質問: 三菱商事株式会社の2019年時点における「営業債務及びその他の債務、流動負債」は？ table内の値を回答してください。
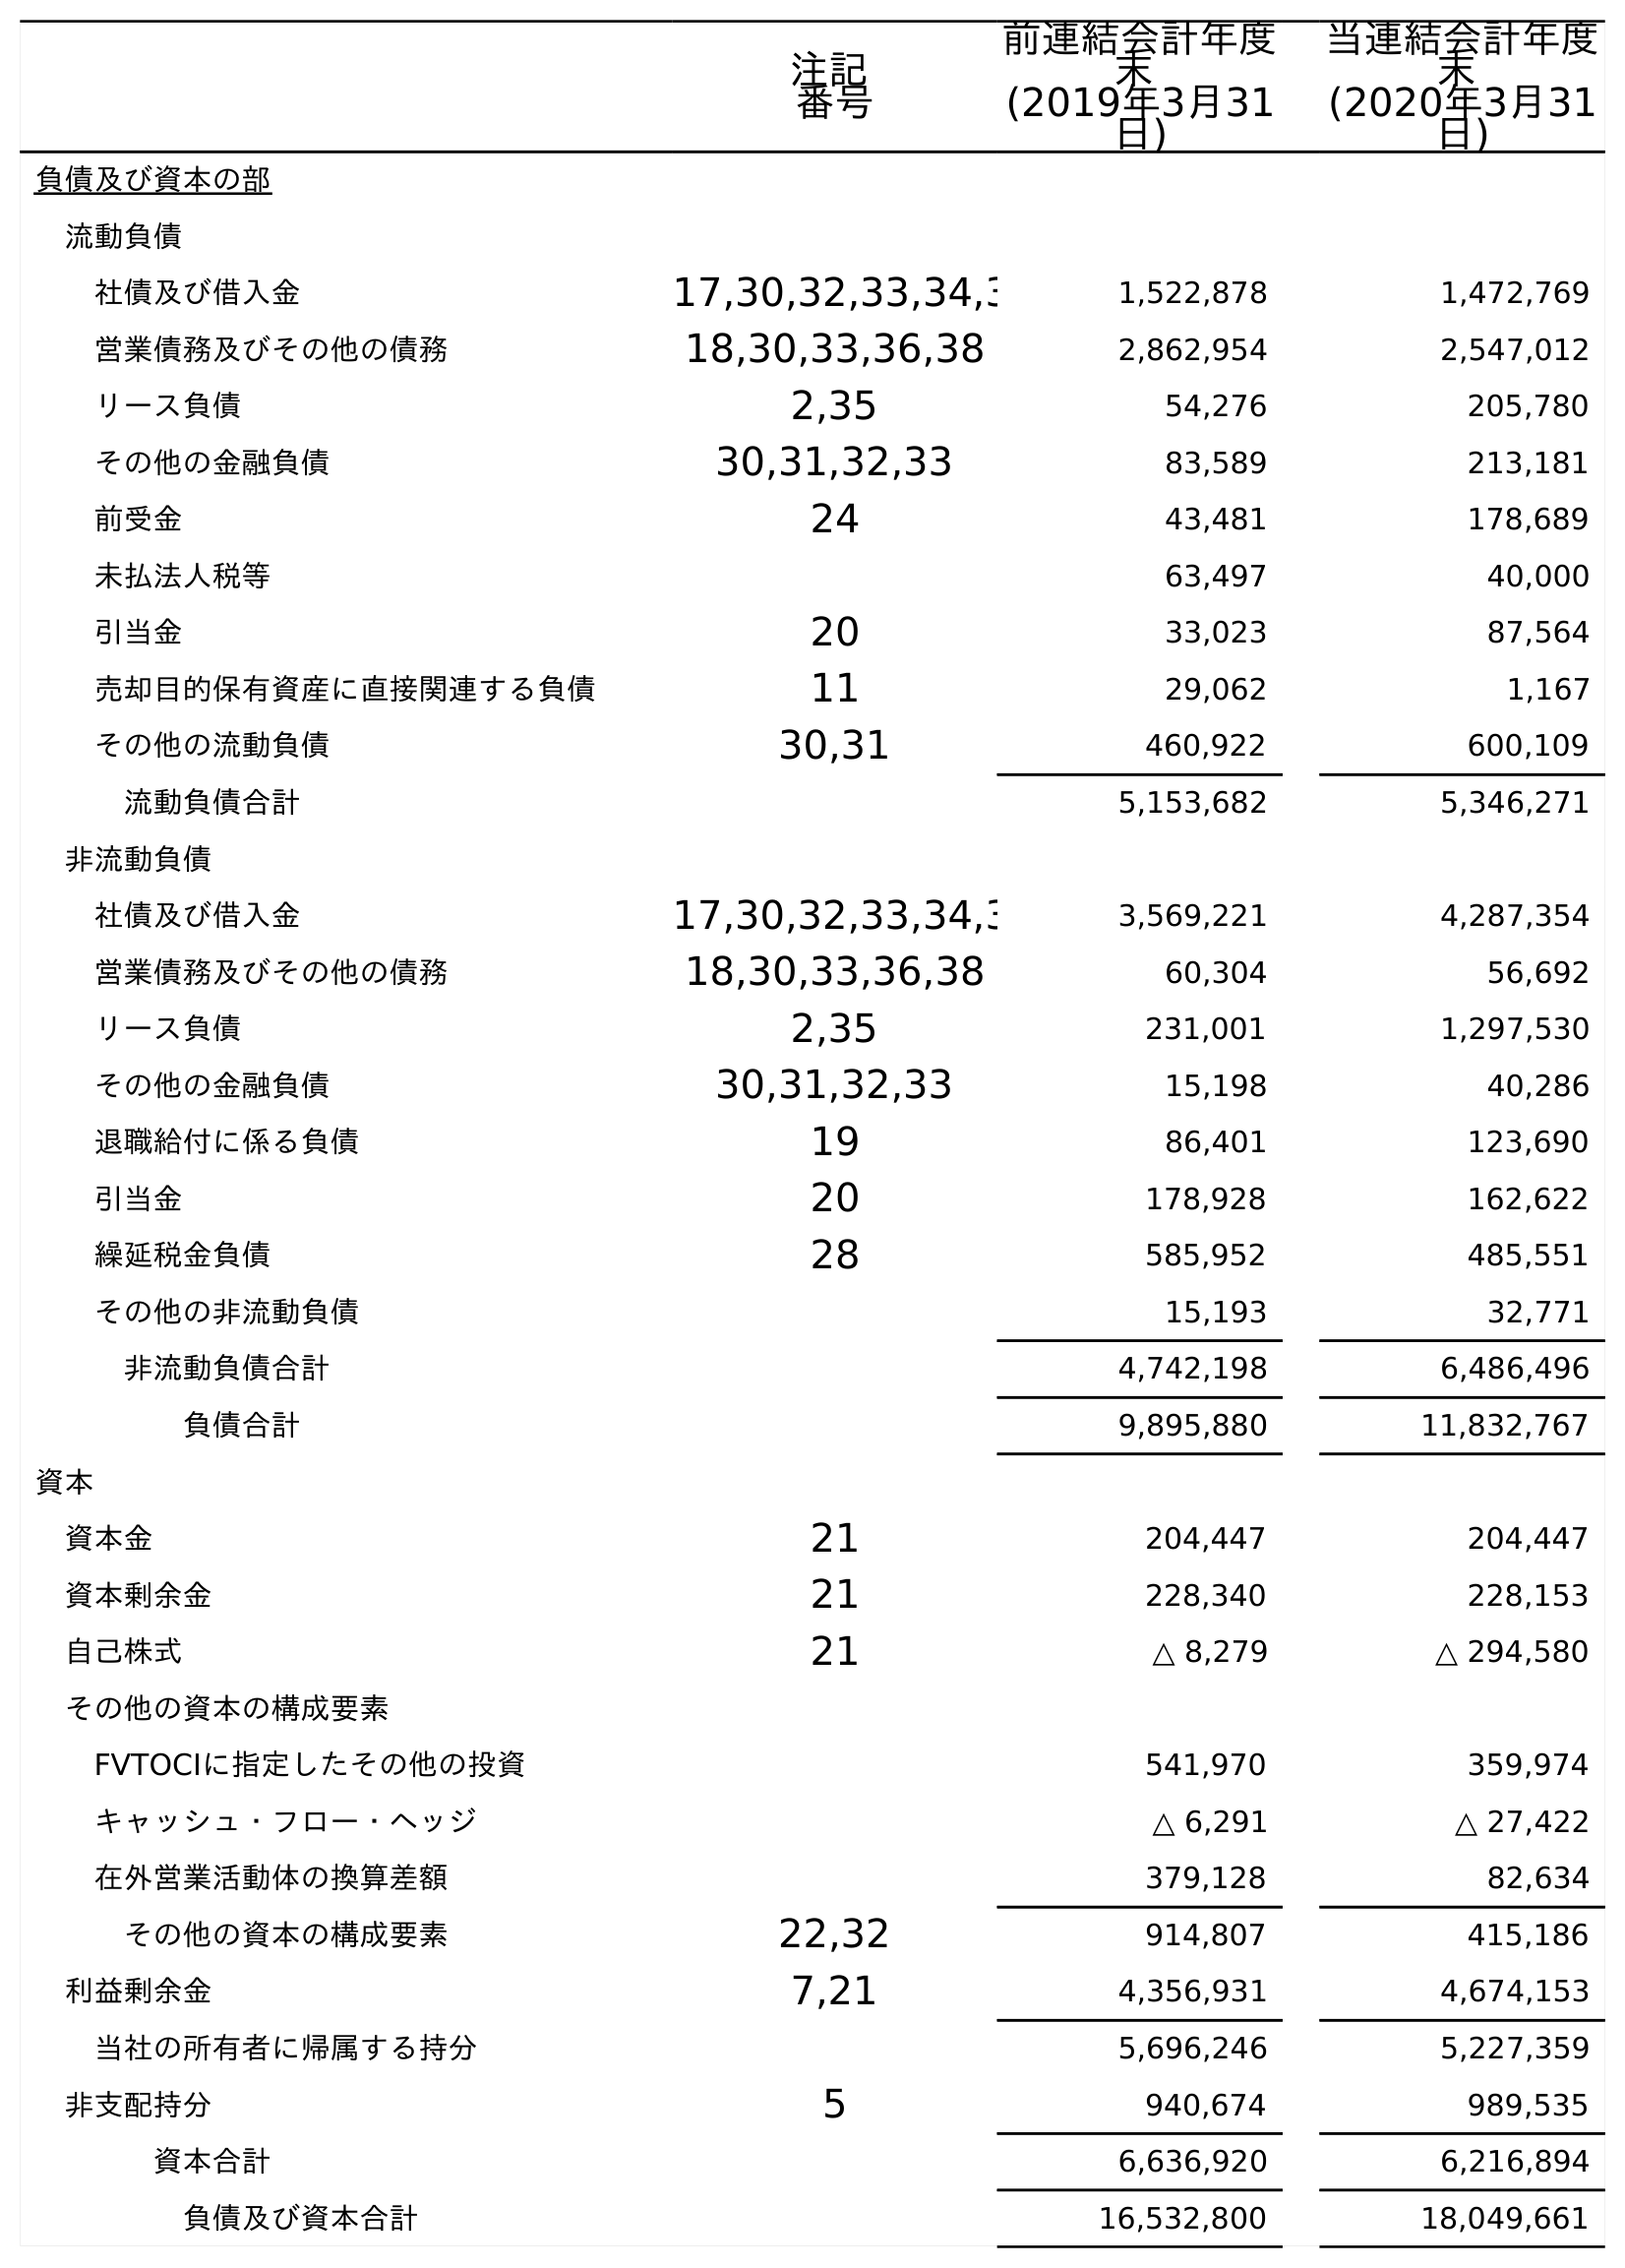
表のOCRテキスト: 注記 番号 前連結会計年度 末 (2019年3月31 日) 当連結会計年度 末 (2020年3月31 日) 負債及び資本の部 流動負債 社債及び借入金 17,30,32,33,34,3 1,522,878 1,472,769 営業債務及びその他の債務 18,30,33,36,38 2,862,954 2,547,012 リース負債 2,35 54,276 205,780 その他の金融負債 30,31,32,33 83,589 213,181 前受金 24 43,481 178,689 未払法人税等 63,497 40,000 引当金 20 33,023 87,564 売却目的保有資産に直接関連する負債 11 29,062 1,167 その他の流動負債 30,31 460,922 600,109 流動負債合計 5,153,682 5,346,271 非流動負債 社債及び借入金 17,30,32,33,34,3 3,569,221 4,287,354 営業債務及びその他の債務 18,30,33,36,38 60,304 56,692 リース負債 2,35 231,001 1,297,530 その他の金融負債 30,31,32,33 15,198 40,286 退職給付に係る負債 19 86,401 123,690 引当金 20 178,928 162,622 繰延税金負債 28 585,952 485,551 その他の非流動負債 15,193 32,771 非流動負債合計 4,742,198 6,486,496 負債合計 9,895,880 11,832,767 資本 資本金 21 204,447 204,447 資本剰余金 21 228,340 228,153 自己株式 21 △ 8,279 △ 294,580 その他の資本の構成要素 FVTOCIに指定したその他の投資 541,970 359,974 キャッシュ・フロー・ヘッジ △ 6,291 △ 27,422 在外営業活動体の換算差額 379,128 82,634 その他の資本の構成要素 22,32 914,807 415,186 利益剰余金 7,21 4,356,931 4,674,153 当社の所有者に帰属する持分 5,696,246 5,227,359 非支配持分 5 940,674 989,535 資本合計 6,636,920 6,216,894 負債及び資本合計 16,532,800 18,049,661
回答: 2,862,954